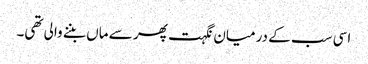
اسی سب کے درمیان نگہت پھر سے ماں بننے والی تھی۔